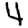
Digit: 4